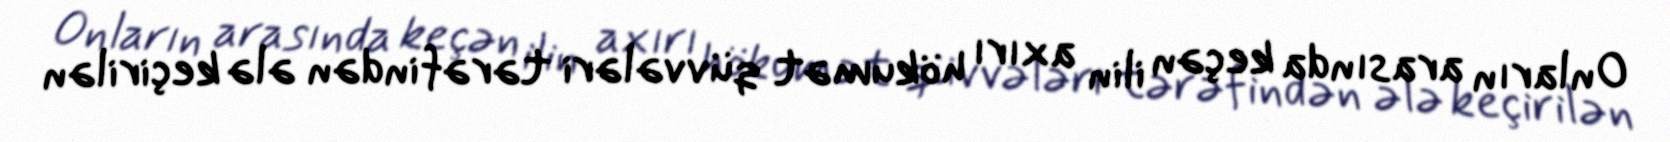
Onların arasında keçən ilin axırı hökumət qüvvələri tərəfindən ələ keçirilən